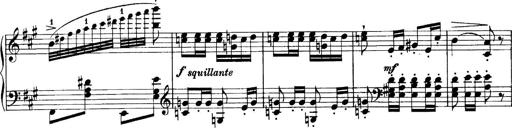
Title: Sonatina No.6
Composer: Ferruccio Busoni